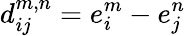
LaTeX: d_{ij}^{m,n}=e_{i}^{m}-e_{j}^{n}